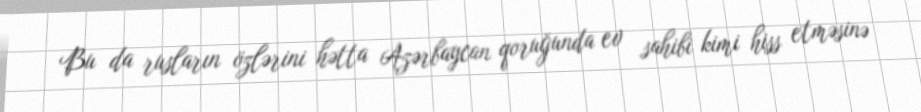
Bu da rusların özlərini hətta Azərbaycan qoruğunda ev sahibi kimi hiss etməsinə